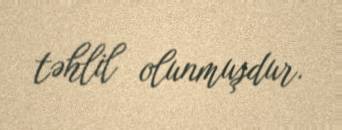
təhlil olunmuşdur.